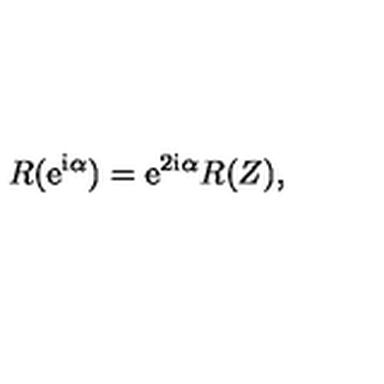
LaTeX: R ( { \mathrm { e } } ^ { { \mathrm { i } } \alpha } ) = { \mathrm { e } } ^ { 2 { \mathrm { i } } \alpha } R ( Z ) ,